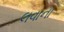
લવાના